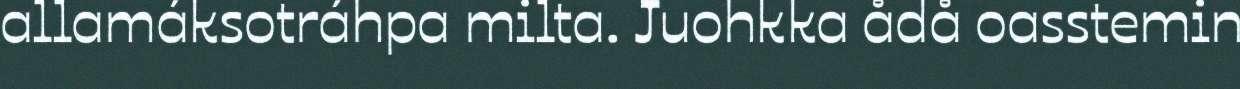
allamáksotráhpa milta. Juohkka ådå oasstemin